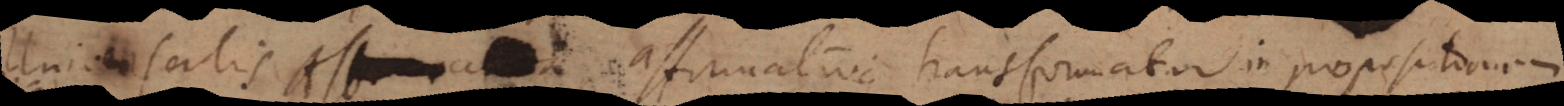
alis affirmativa transformatur in propositionem